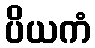
ပိယကံ